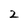
Character: 2